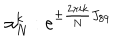
\alpha _ { N } ^ { k } : e ^ { \pm { \frac { 2 \pi i k } { N } } J _ { 8 9 } }